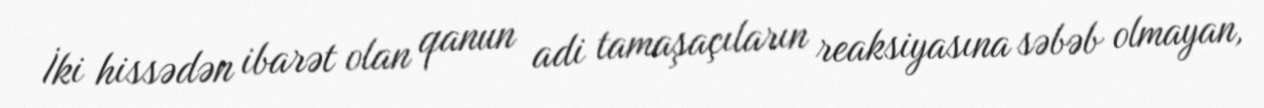
İki hissədən ibarət olan qanun adi tamaşaçıların reaksiyasına səbəb olmayan,